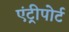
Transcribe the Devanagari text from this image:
एंट्रीपोर्ट